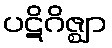
ပဋိဂိဇ္ဈာ